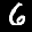
Label: 6